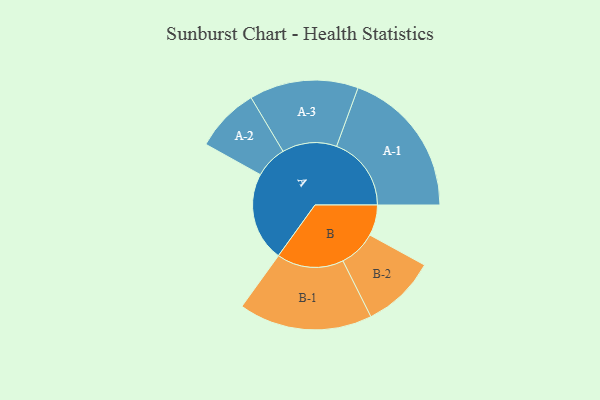
{"axis": {"x": "Segment", "y": "Value"}, "legend": ["", "A", "B"], "data": [{"x": "A", "y": 348, "type": ""}, {"x": "B", "y": 120, "type": ""}, {"x": "A-1", "y": 292, "type": "A"}, {"x": "A-2", "y": 126, "type": "A"}, {"x": "A-3", "y": 213, "type": "A"}, {"x": "B-1", "y": 261, "type": "B"}, {"x": "B-2", "y": 145, "type": "B"}]}